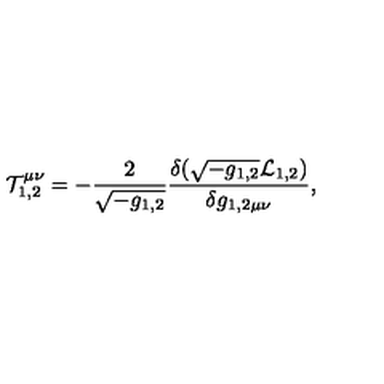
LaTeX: { \cal T } _ { 1 , 2 } ^ { \mu \nu } = - { \frac { 2 } { \sqrt { - g _ { 1 , 2 } } } } { \frac { \delta ( \sqrt { - g _ { 1 , 2 } } { \cal L } _ { 1 , 2 } ) } { \delta g _ { 1 , 2 \mu \nu } } } ,